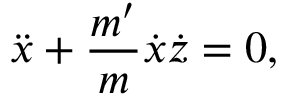
\ddot { x } + \frac { m ^ { \prime } } { m } \dot { x } \dot { z } = 0 ,